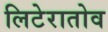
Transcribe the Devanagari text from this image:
लिटेरातोव